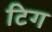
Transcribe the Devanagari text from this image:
टिग